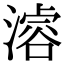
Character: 𣽊